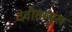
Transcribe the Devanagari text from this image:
देवीसम्मुख